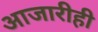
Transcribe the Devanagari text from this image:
आजारीही